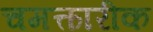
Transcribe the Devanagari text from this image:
चमत्कारीक